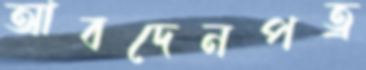
আবদেনপত্র